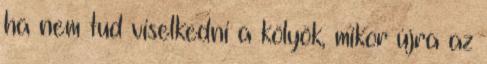
ha nem tud viselkedni a kölyök, mikor újra az